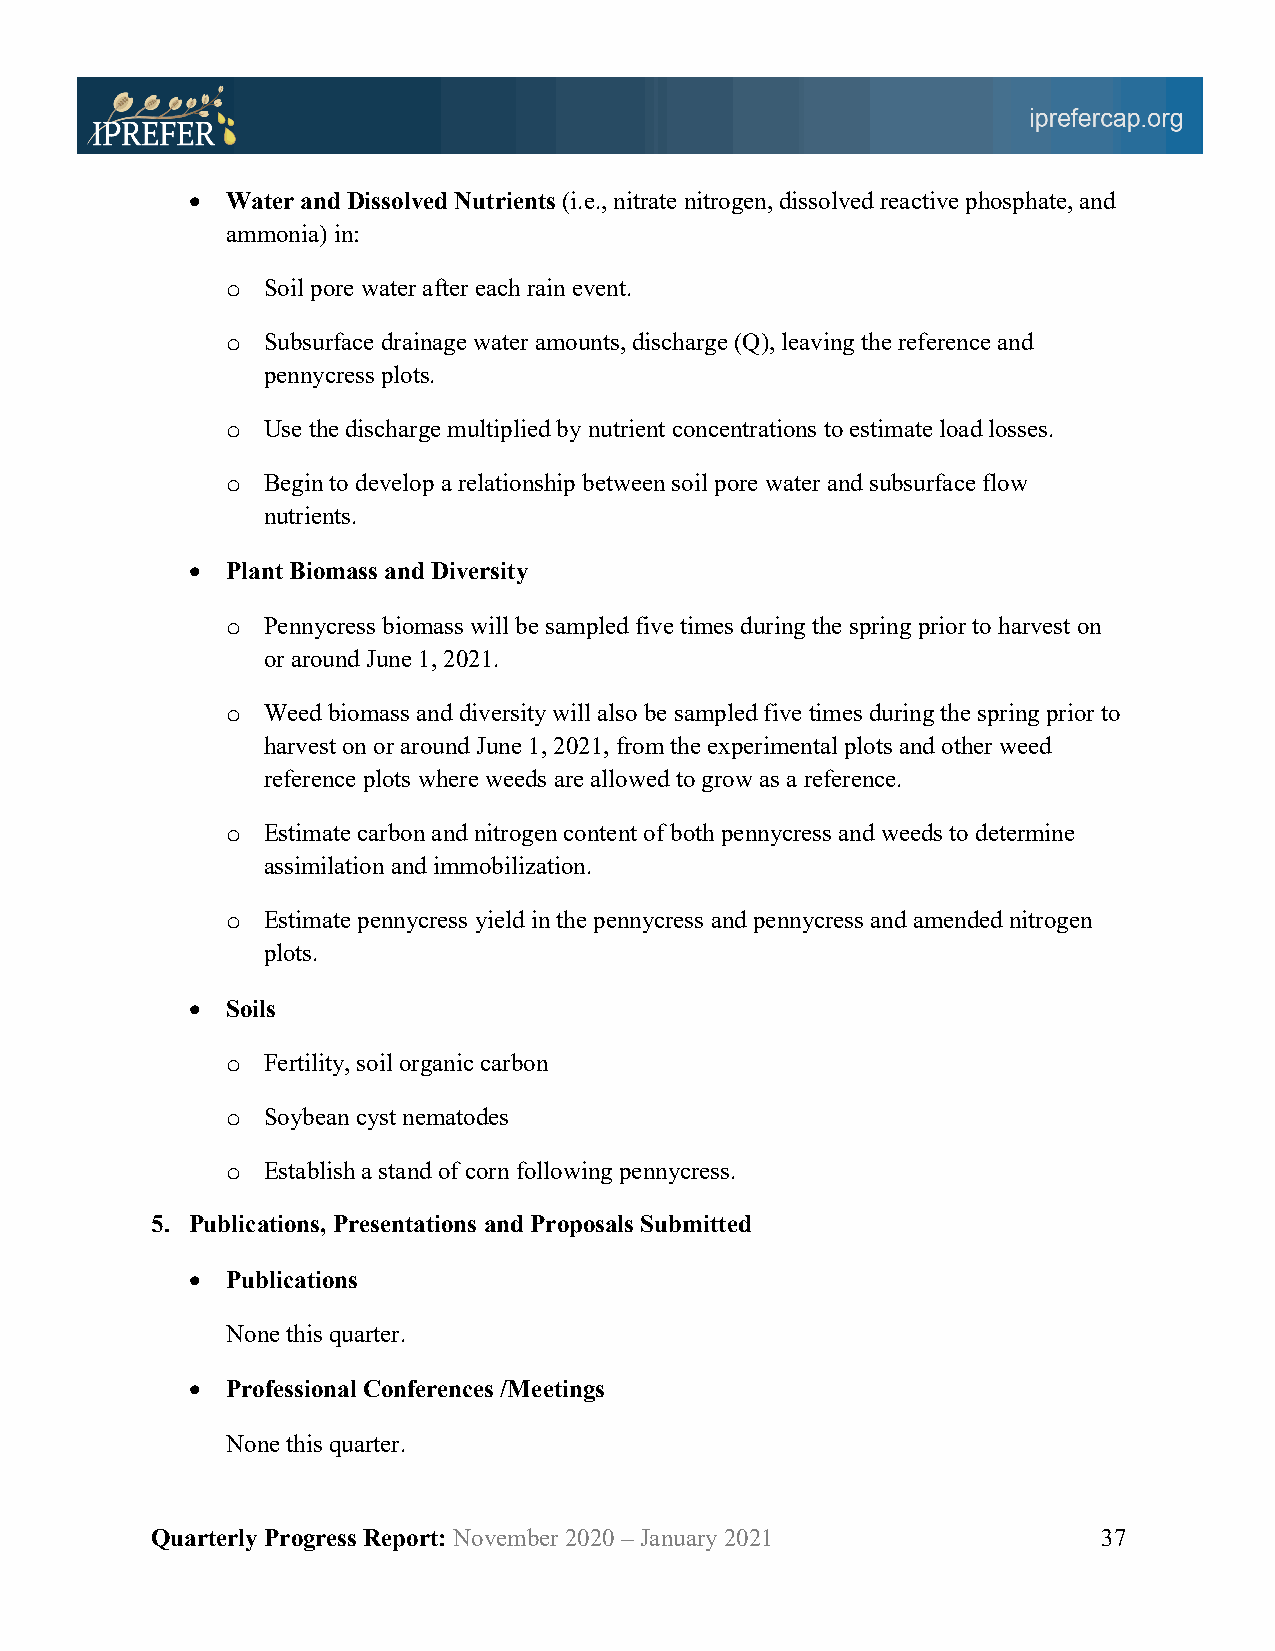
•  Water and Dissolved Nutrients (i.e., nitrate nitrogen, dissolved reactive phosphate, and
 ammonia) in:
 o Soil pore water after each rain event.
 o Subsurface drainage water amounts, discharge (Q), leaving the reference and
 pennycress plots.
 o Use the discharge multiplied by nutrient concentrations to estimate load losses.
 o Begin to develop a relationship between soil pore water and subsurface flow
 nutrients.
 •  Plant Biomass and Diversity
 o Pennycress biomass will be sampled five times during the spring prior to harvest on
 or around June 1, 2021.
 o Weed biomass and diversity will also be sampled five times during the spring prior to
 harvest on or around June 1, 2021, from the experimental plots and other weed
 reference plots where weeds are allowed to grow as a reference.
 o Estimate carbon and nitrogen content of both pennycress and weeds to determine
 assimilation and immobilization.
 o Estimate pennycress yield in the pennycress and pennycress and amended nitrogen
 plots.
 •  Soils
 o Fertility, soil organic carbon
 o Soybean cyst nematodes
 o Establish a stand of corn following pennycress.
 5. Publications, Presentations and Proposals Submitted
 •  Publications
 None this quarter.
 •  Professional Conferences /Meetings
 None this quarter.
 Quarterly Progress Report: November 2020 – January 2021        37